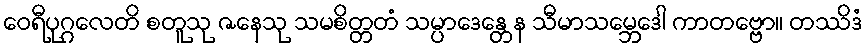
ဝေရီပုဂ္ဂလေတိ စတူသု ဇနေသု သမစိတ္တတံ သမ္ပာဒေန္တေန သီမာသမ္ဘေဒေါ ကာတဗ္ဗော။ တဿိဒံ